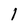
Character: 1